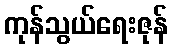
ကုန်သွယ်ရေးဇုန်